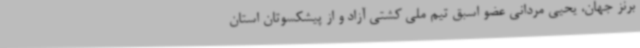
برنز جهان، یحیی مردانی عضو اسبق تیم ملی کشتی آزاد و از پیشکسوتان استان